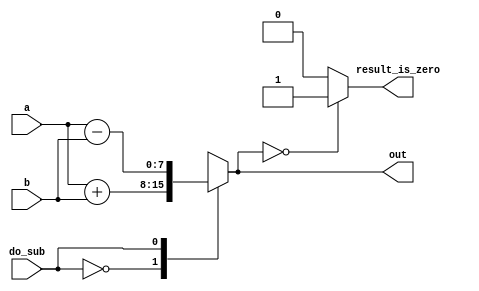
// This program was cloned from: https://github.com/viduraakalanka/HDL-Bits-Solutions
// License: The Unlicense

// synthesis verilog_input_version verilog_2001
module top_module ( 
    input do_sub,
    input [7:0] a,
    input [7:0] b,
    output reg [7:0] out,
    output reg result_is_zero
);//

    always @(*) begin
        case (do_sub)
          0: out = a+b;
          1: out = a-b;
        endcase

        if (out==8'd0)
            result_is_zero = 1'd1;
        else result_is_zero = 1'd0;
    end

endmodule